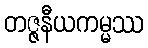
တဇ္ဇနီယကမ္မဿ